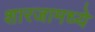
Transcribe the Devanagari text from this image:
शारजामध्ये